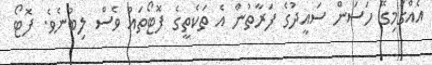
އެއްގަމިގޭ ހަސަން ސައީދުގެ ފަރާތުން އެ ތަކެތީގެ ފޮޓޯތައް ވެސް ލިބުނެވެ. ފޮޓޯ